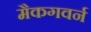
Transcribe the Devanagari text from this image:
मैकगवर्न